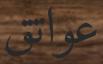
عواتق